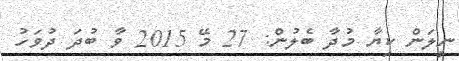
ނީލަން ކިޔާ މުދާ ބެލުން: 27 މޭ 2015 ވާ ބުދަ ދުވަހު